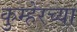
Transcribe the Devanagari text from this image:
कुम्हेरच्या